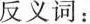
反义词：